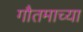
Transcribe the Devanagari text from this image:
गौतमाच्या